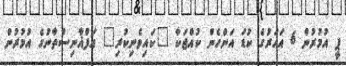
ޕީ އުމުރުން 6 އަހަރުގެ ކުޑަ އަންހެން ކުއްޖަކާ "ކައިވެނިކުރި" އަފްޣާނިސްތާނުގެ އުމުރުން